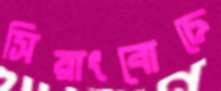
সিয়াংবোচে